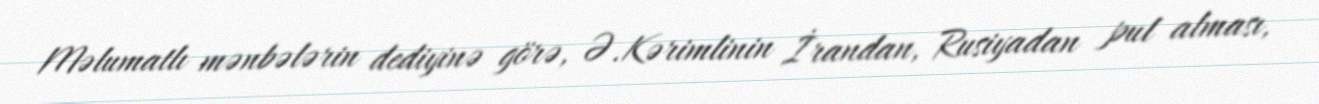
Məlumatlı mənbələrin dediyinə görə, Ə.Kərimlinin İrandan, Rusiyadan pul alması,